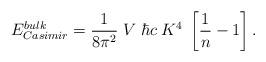
LaTeX: \begin{align*}E^{\small bulk}_{\small Casimir} = {1\over8\pi^2} \; V \; \hbar c \; K^4 \;\left[{1\over n} - 1 \right].\end{align*}